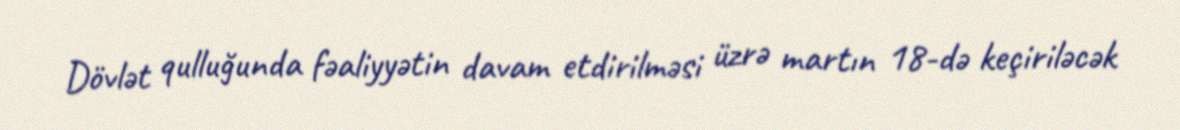
Dövlət qulluğunda fəaliyyətin davam etdirilməsi üzrə martın 18-də keçiriləcək